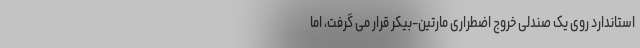
استاندارد روی یک صندلی خروج اضطراری مارتین-بیکر قرار می گرفت، اما